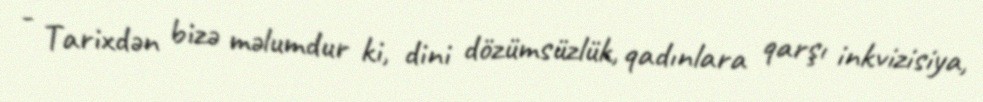
- Tarixdən bizə məlumdur ki, dini dözümsüzlük, qadınlara qarşı inkvizisiya,